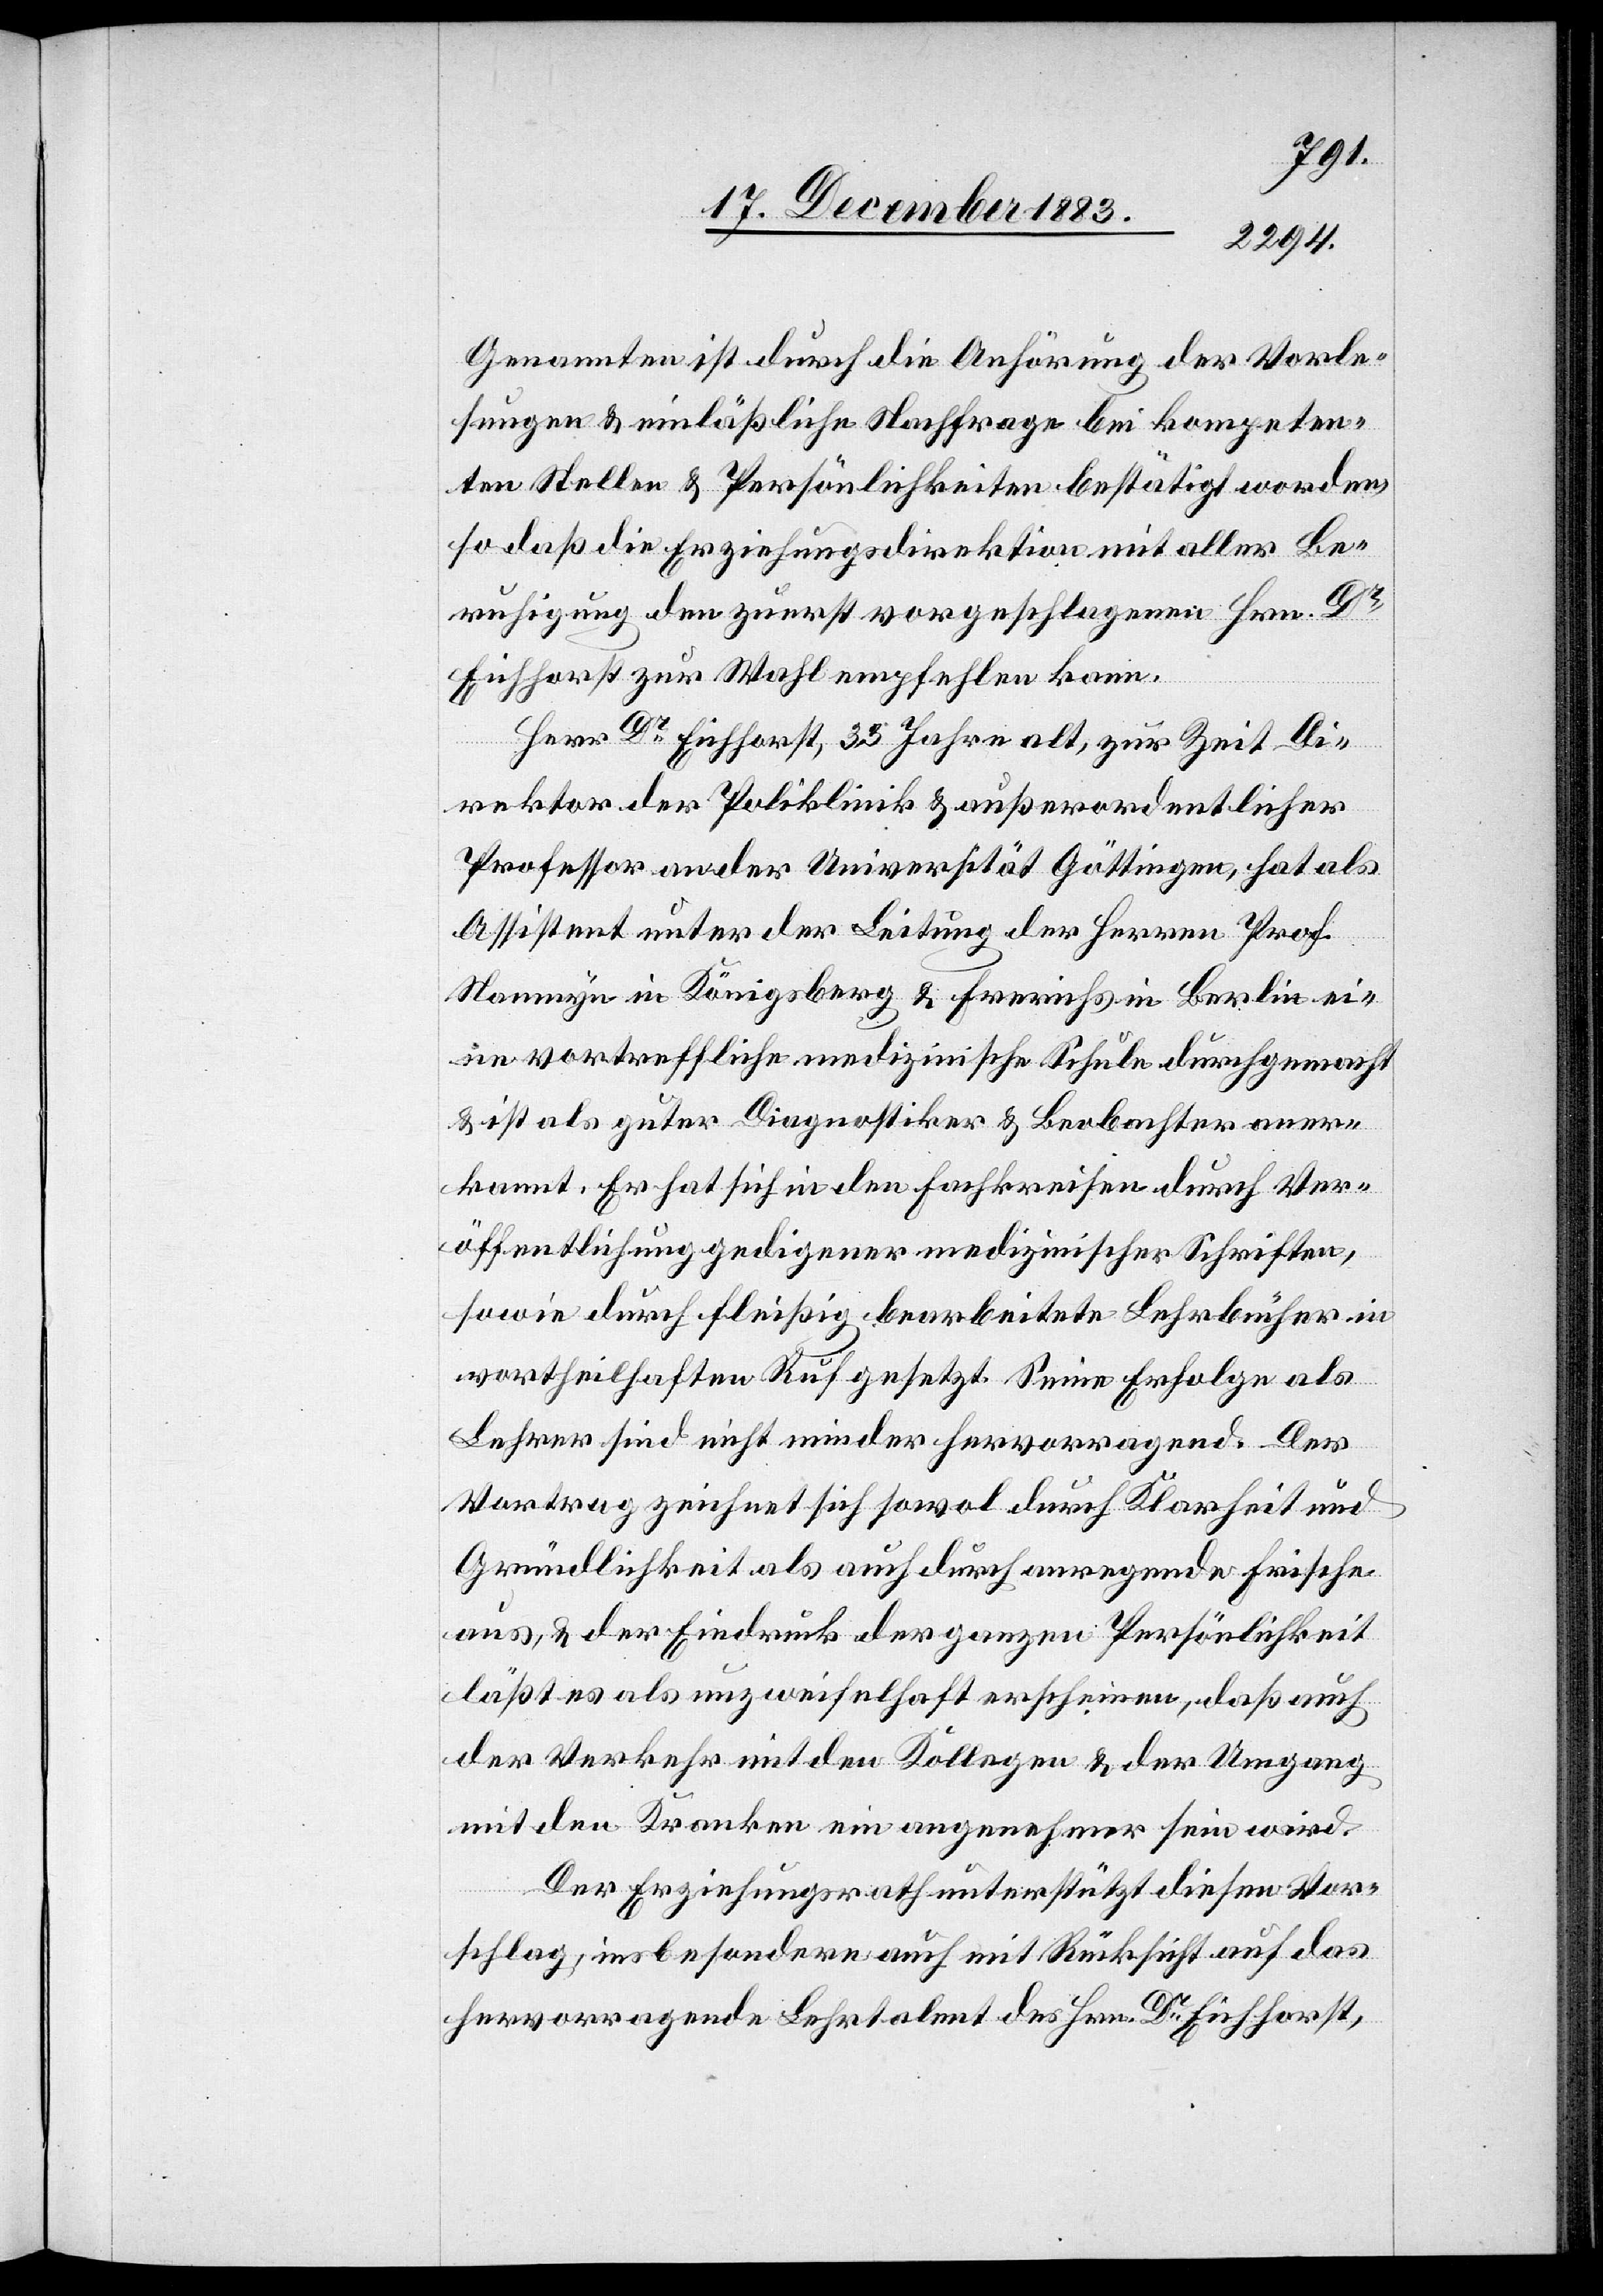
Genannten ist durch die Anhörung der Vorle¬
sungen & einläßliche Nachfrage bei kompeten¬
ten Stellen & Persönlichkeiten bestätigt worden,
so daß die Erziehungsdirektion mit aller Be¬
ruhigung den zuerst vorgeschlagenen Hrn. Dr
Direktor der Poliklinik & außerordentlicher
Professor an der Universität Göttingen, hat als
Assistent unter der Leitung der Herren Prof.
Namnyn in Königsberg & Frerichs in Berlin ein¬
e vortreffliche medizinische Schule durchgemacht
& ist als guter Diagnostiker & Beobachter aner¬
kannt. Er hat sich in den Fachkreisten durch Ver¬
öffentlichung gedigener medizinischer Schriften,
sowie durch fleißig bearbeitete Lehrbücher in
vortheilhaften Ruf gesetzt. Seine Erfolge als
Lehrer sind nicht minder hervorragend. Der
Vortrag zeichnet sich sowol durch Klarheit und
Gründlichkeit als auch durch anregende Frische
aus, & der Eindruck der ganzen Persönlichkeit
läßst es als unzweifelhaft erscheinen, daß auch
der Verkehr mit den Kollegen & der Umgang
mit den Kranken ein angenehmer sein wird.
Der Erziehungsrath unterstützt diesen Vor¬
schlag, ins besondere auch mit Rücksicht auf das
hervorragende Lehrtalent des Hrn. Dr Eichhorst,